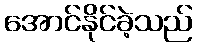
အောင်နိုင်ခဲ့သည်